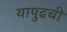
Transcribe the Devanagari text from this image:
यापुढची